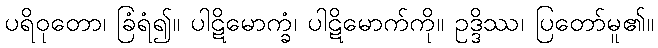
ပရိဝုတော၊ ခြံရံ၍။ ပါဋိမောက္ခံ၊ ပါဋိမောက်ကို။ ဥဒ္ဒိဿ၊ ပြတော်မူ၏။